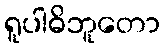
ရူပါဓိဘူတော